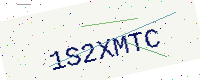
Text: 1S2XMTC